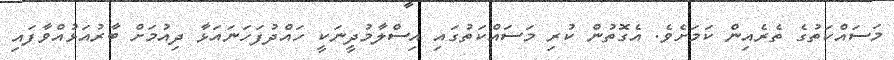
މަސައްކަތުގެ ތެރެއިން ކަމަށެވެ. އެގޮތުން ކުރި މަސައްކަތުގައި އިސްލާމުދީނަކީ ހައްދުފަހަނައަޅާ ދިއުމަށް ބާރުއަޅުއްވާފައި